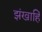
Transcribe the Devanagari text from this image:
झंखाहिं